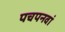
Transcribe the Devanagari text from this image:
पचपनवां